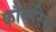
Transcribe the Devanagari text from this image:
कौमरिन